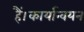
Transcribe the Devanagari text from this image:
हैं।कार्यान्वयन